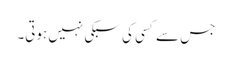
جس سے کسی کی سبکی نہیں ہوتی۔